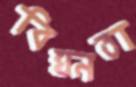
বিঘ্নতা